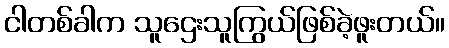
ငါတစ်ခါက သူဌေးသူကြွယ်ဖြစ်ခဲ့ဖူးတယ်။